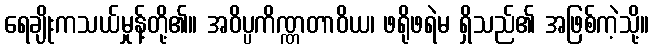
ရေချိုးကသယ်မှုန့်တို့၏။ အဝိပ္ပကိဏ္ဏတာဝိယ၊ ဖရိုဖရဲမ ရှိသည်၏ အဖြစ်ကဲ့သို့။